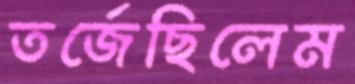
তর্জেছিলেম